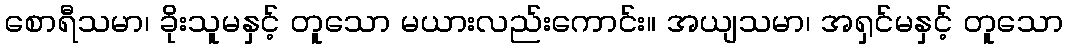
စောရီသမာ၊ ခိုးသူမနှင့် တူသော မယားလည်းကောင်း။ အယျသမာ၊ အရှင်မနှင့် တူသော